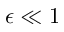
\epsilon \ll 1